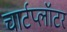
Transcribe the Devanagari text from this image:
चार्टप्लॉटर